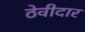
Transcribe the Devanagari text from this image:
ठेवीदार